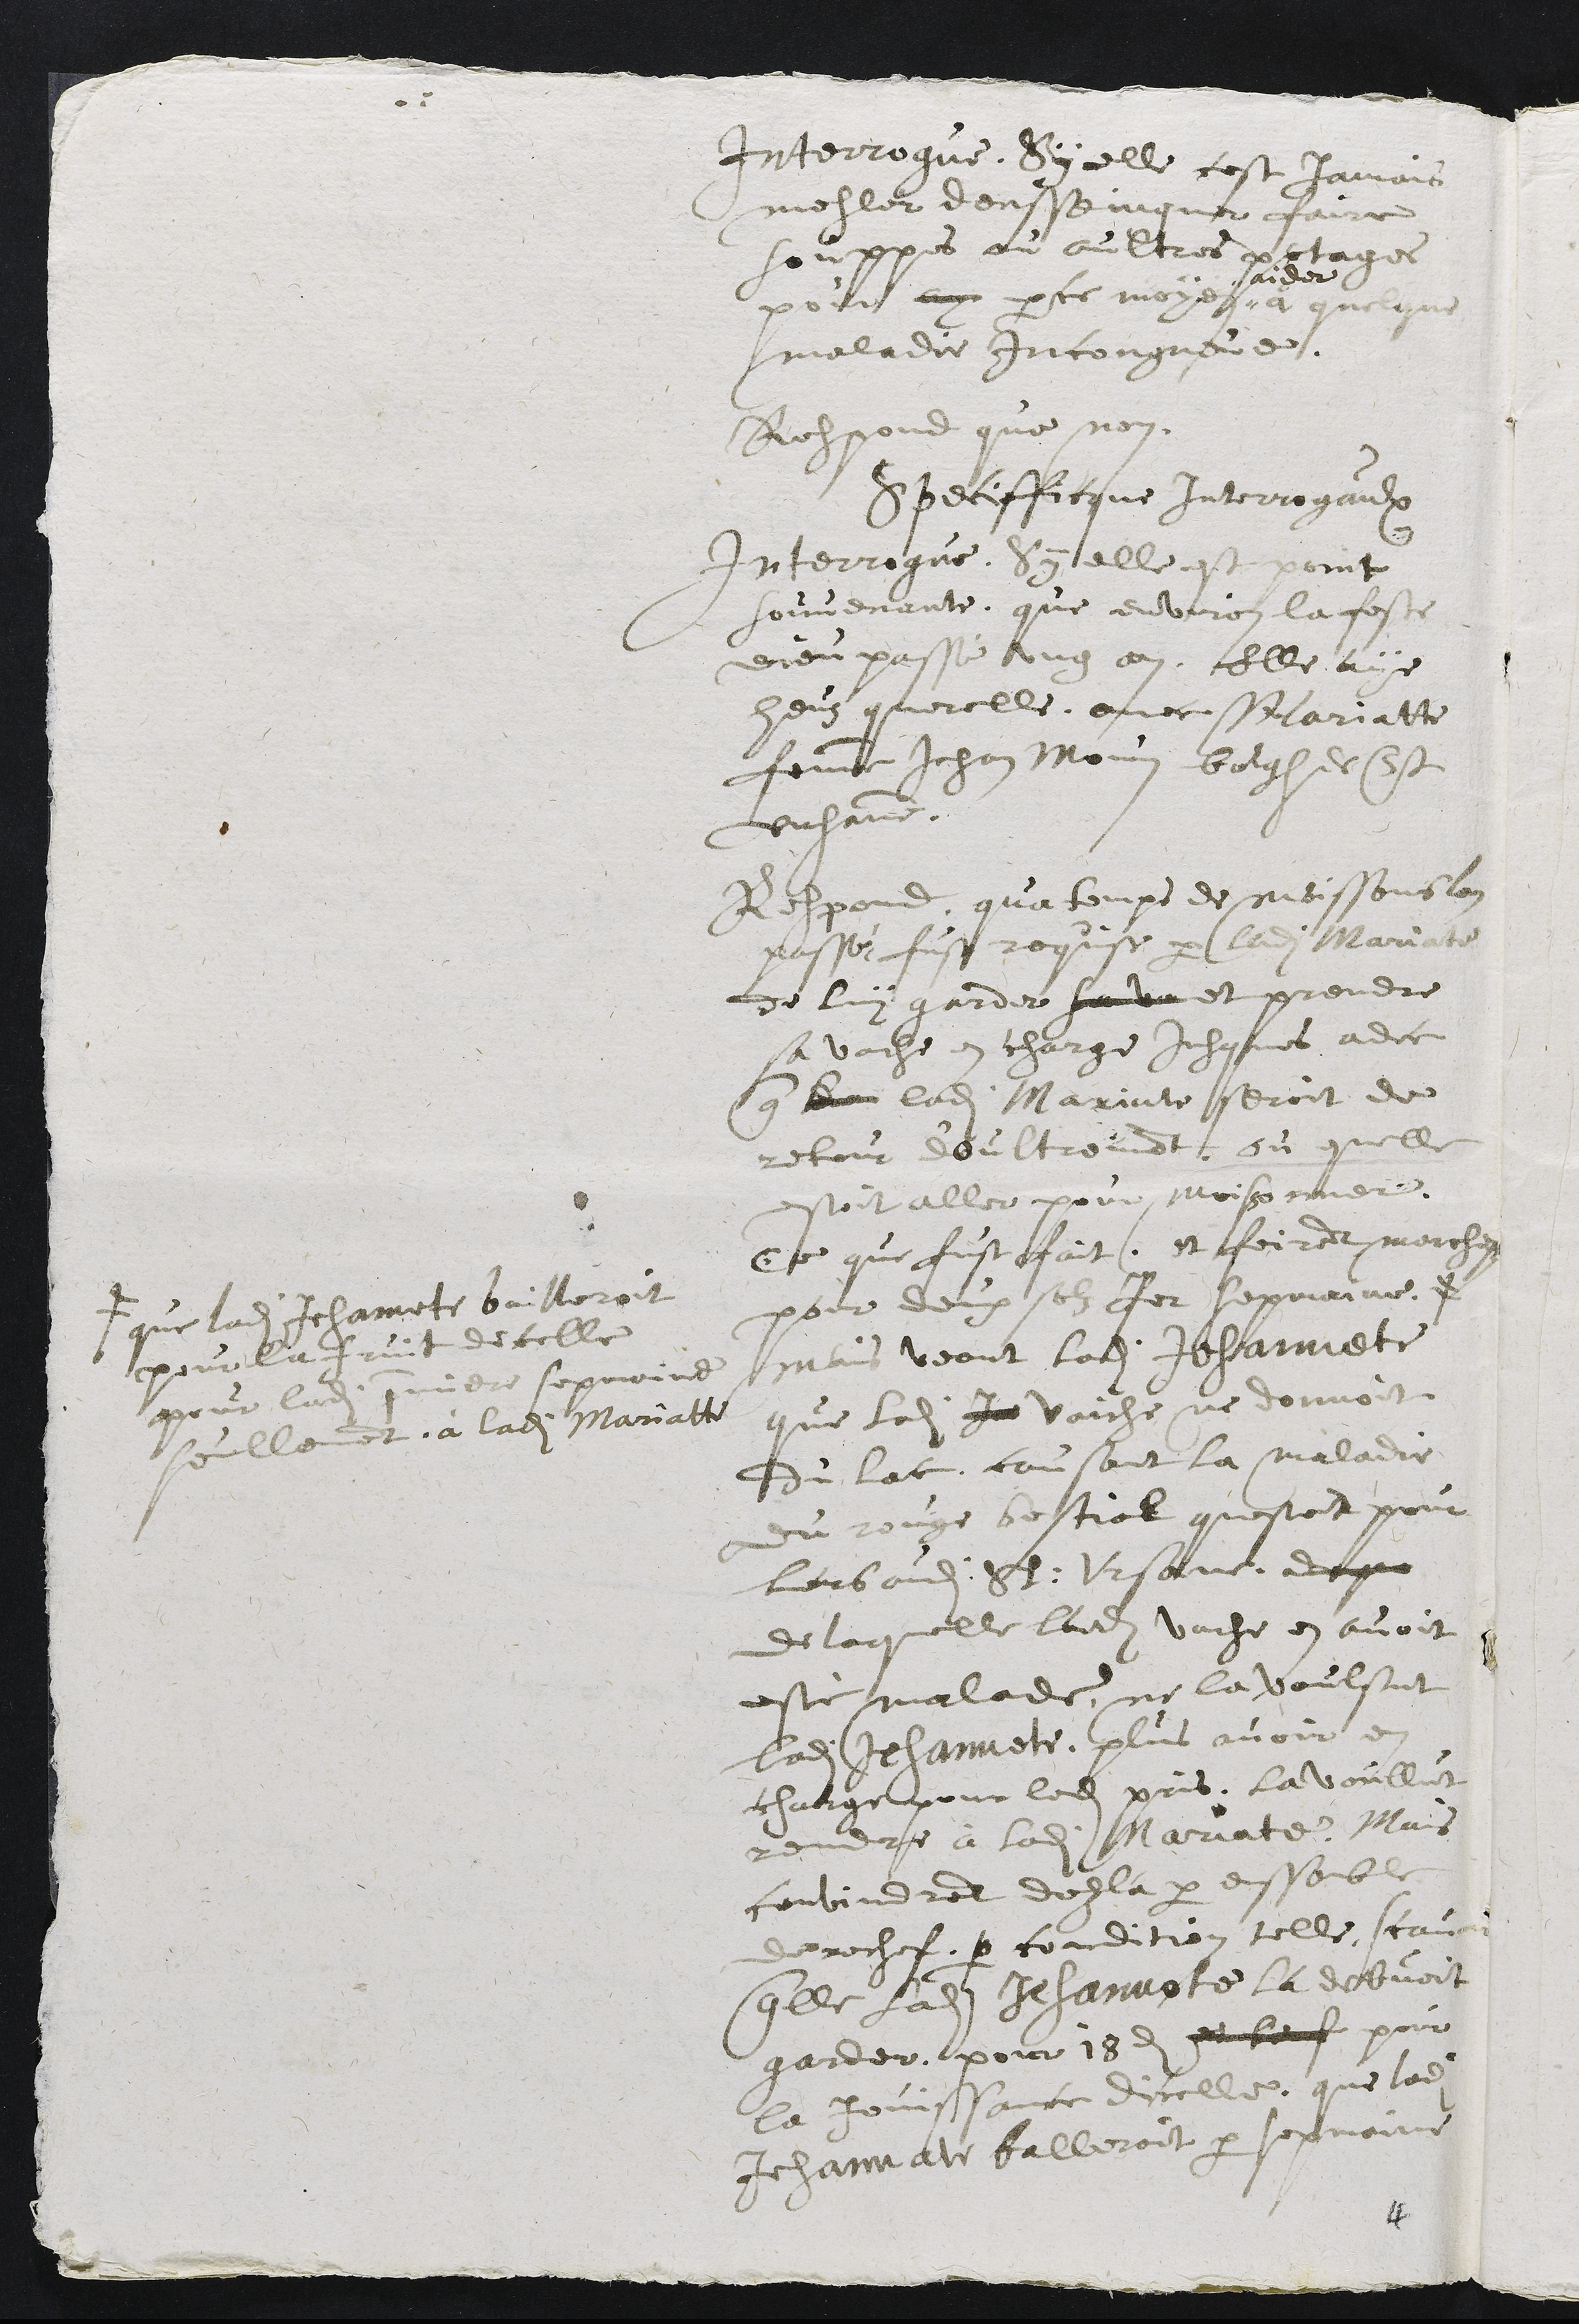
Interrogue, Sy elle cest jamais
mesler densseingner faire
souppes ou aultres potages
pour ay par ce moyen "
" aider
à quelque
maladie Incongneue.
Respond que non.
Specifficque Interrogaulx
Interrogue, Sy elle est point
souvenante, que environ la feste
dieu passé un ang, elle aye
heuz querelle avec Mariatte
femme Jehan Monin bourgeois de St
Ursanne.
Respond, qua temps de moissons lan
passé, fust requise par ladite Mariate
de luy garder sa va et prendre
sa vache en charge jusques adce
que ??? ladite Mariate seroit de
retour d'Oultremont, ou quelle
estoit aller pour moissonner.
Ce que fust fait, et feirent marchez
pour deux solz Par sepmaine. #
# que ladite Jehannete bailleroit
pour le fruit dicelle
pour ladite premiere sepmaine
seullement, à ladite Mariatte
mais veant ladite Jehannete
que ladite Je vaiche ne donnoit
du lat, causant la maladie
du rouge bestial questoit pour
lors audit St: Ursane, de par
de laquelle ladite vache en avoit
esté malade, ne la voulsut
ladite Jehannete plus avoir en
charge pour ledit pris. La voullut
rendre à ladite Mariate. Mais
convindrent dezlà par enssemble
derechef par condition telle, scavoir
quelle ladite Jehannete la debvoit
garder pour 18 d et b???f pour
la jouissance dicelle, que ladite
Jehannate bailleroit par sepmaine